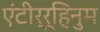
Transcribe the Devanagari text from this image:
एंटीर्र्हिनुम